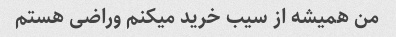
من همیشه از سیب خرید میکنم وراضی هستم